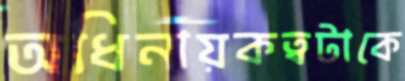
অধিনায়কত্বটাকে